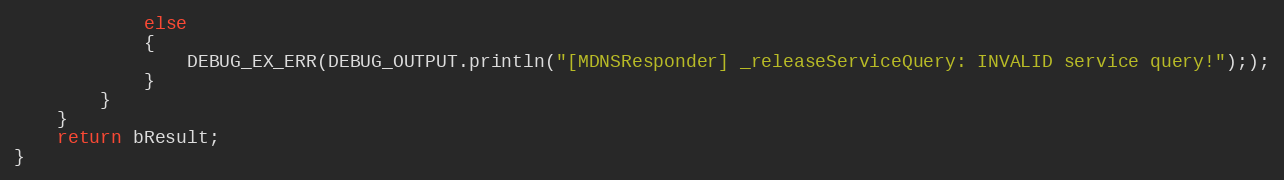
Language: C++
            else
            {
                DEBUG_EX_ERR(DEBUG_OUTPUT.println("[MDNSResponder] _releaseServiceQuery: INVALID service query!"););
            }
        }
    }
    return bResult;
}